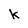
Character: K